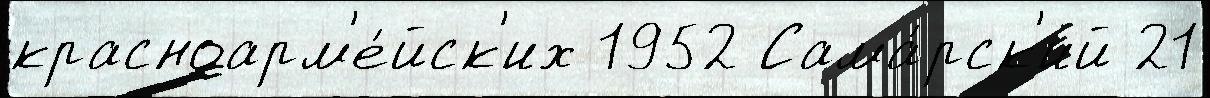
красноарм'е́йск'их 1952 Сама́рск'ий 21